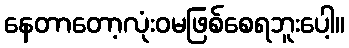
နေတာတော့လုံးဝမဖြစ်စေရဘူးပေါ့။